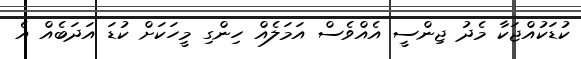
ކުޑަކުއްޖަކާ މެދު ޖިންސީ އެއްވެސް އަމަލެއް ހިންގި މީހަކަށް ކުޑަ އަދަބެއް އެ